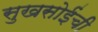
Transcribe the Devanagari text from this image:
सुखसोईंची